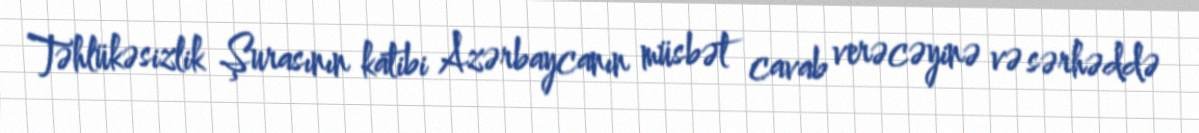
Təhlükəsizlik Şurasının katibi Azərbaycanın müsbət cavab verəcəyinə və sərhəddə